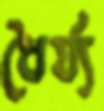
ধৈর্য্য